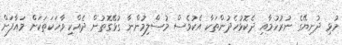
މުޅި ދުނިޔޭގެ ނުރުހުމާއި ދެކޮޅުހެދުންތަކާ އެކުވެސް މުސްލިމުންނާ ގުޅޭގޮތުން ދެއްކި ވާހަކަތަކަށް މައާފަށް